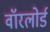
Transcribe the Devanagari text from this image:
वॉरलोर्ड